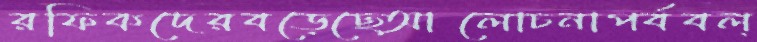
রফিকদেরবড়েছেআলোচনাপর্ববল্